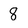
Character: 8